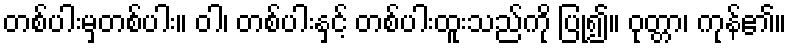
တစ်ပါးမှတစ်ပါး။ ဝါ၊ တစ်ပါးနှင့် တစ်ပါးထူးသည်ကို ပြု၍။ ဝုတ္တာ၊ ကုန်၏။